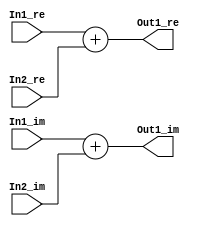
// -------------------------------------------------------------
// 
// 
// Generated by MATLAB 9.8 and HDL Coder 3.16
// 
// -------------------------------------------------------------


// -------------------------------------------------------------
// 
// Module: Complex_Sum1_block1
// Source Path: newhope_cambios/FDHT/DFT/DFT10 - block/DFT5-row 1/DFT5-3/Complex-Sum1
// Hierarchy Level: 5
// 
// -------------------------------------------------------------

`timescale 1 ns / 1 ns

module Complex_Sum1_block1
          (In1_re,
           In1_im,
           In2_re,
           In2_im,
           Out1_re,
           Out1_im);


  input   signed [36:0] In1_re;  // sfix37_En22
  input   signed [36:0] In1_im;  // sfix37_En22
  input   signed [36:0] In2_re;  // sfix37_En22
  input   signed [36:0] In2_im;  // sfix37_En22
  output  signed [36:0] Out1_re;  // sfix37_En22
  output  signed [36:0] Out1_im;  // sfix37_En22


  wire signed [36:0] Sum_out1;  // sfix37_En22
  wire signed [36:0] Sum1_out1;  // sfix37_En22


  assign Sum_out1 = In1_re + In2_re;



  assign Out1_re = Sum_out1;

  assign Sum1_out1 = In1_im + In2_im;



  assign Out1_im = Sum1_out1;

endmodule  // Complex_Sum1_block1